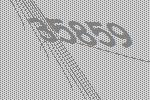
35859